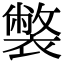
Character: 𧝬